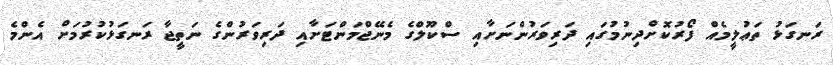
ރަނގަޅު ތަޢުލީމެއް ފޯރުކޮށްދިނުމުގައި ދަރިވަރުންނަށާއި ސްކޫލްގެ މެނޭޖްމަންޓަށާއި ދަރިވަރުންގެ ނަތީޖާ ރަނގަޅުކުރުމަށް އެންމެ